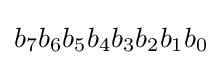
b_{7}b_{6}b_{5}b_{4}b_{3}b_{2}b_{1}b_{0}